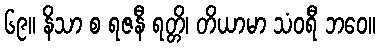
၆၉။ နိသာ စ ရဇနီ ရတ္တိ၊ တိယာမာ သံဝရီ ဘဝေ။